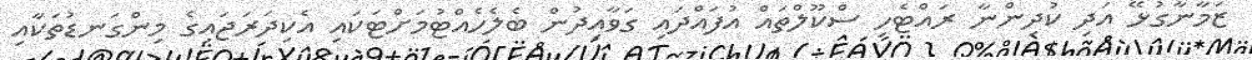
ޒަމާނާގުޅޭ އަދި ކުދިންނާ ރައްޓެހި ސްކޫލްތައް އުފައްދައި ގަވާއިދުން ބެލެހެއްޓުމަށްޓަކައި އެކިދަރަޖައިގެ މިންގަނޑުތަކާއި